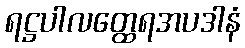
ရဋ္ဌပါလတ္ထေရအပဒါနံ